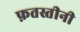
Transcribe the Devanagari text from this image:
फ़तस्तीनी